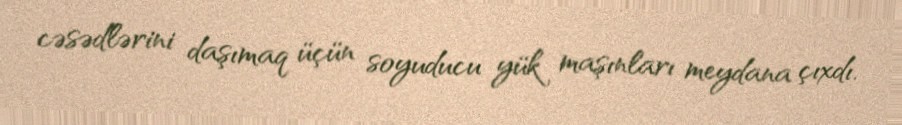
cəsədlərini daşımaq üçün soyuducu yük maşınları meydana çıxdı.